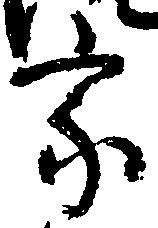
家